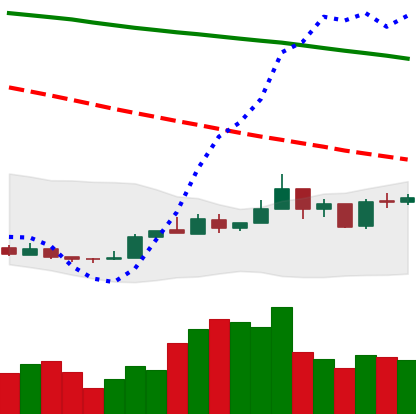
Ticker: NEO-USD
Chart end date: 2018-12-30
Forward return: -5.963%
Label: down_5_7